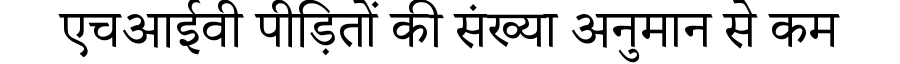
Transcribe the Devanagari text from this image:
एचआईवी पीड़ितों की संख्या अनुमान से कम